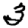
Digit: 3